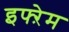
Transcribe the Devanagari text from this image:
इफ्ऱेम